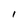
Character: I